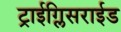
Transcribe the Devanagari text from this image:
ट्राईग्लिसराईड